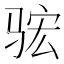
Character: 𮹈